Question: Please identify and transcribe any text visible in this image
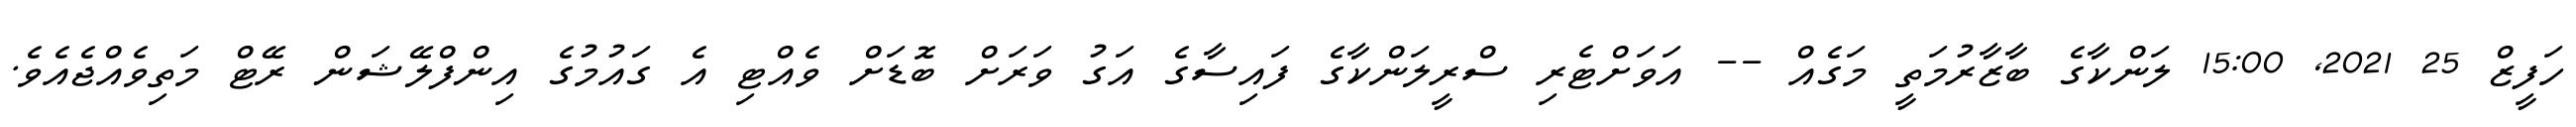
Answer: ހަފީޒް 25 2021, 15:00 ލަންކާގެ ބާޒާރުމަތީ މަގެއް -- އަވަށްޓެރި ސްރީލަންކާގެ ފައިސާގެ އަގު ވަރަށް ބޮޑަށް ވެއްޓި އެ ގައުމުގެ އިންފްލޭޝަން ރޭޓް މަތިވެއްޖެއެވެ.